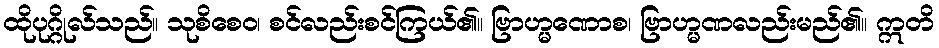
ထိုပုဂ္ဂိုလ်သည်။ သုစိစေဝ၊ စင်လည်းစင်ကြယ်၏။ ဗြာဟ္မဏောစ၊ ဗြာဟ္မဏလည်းမည်၏။ ဣတိ